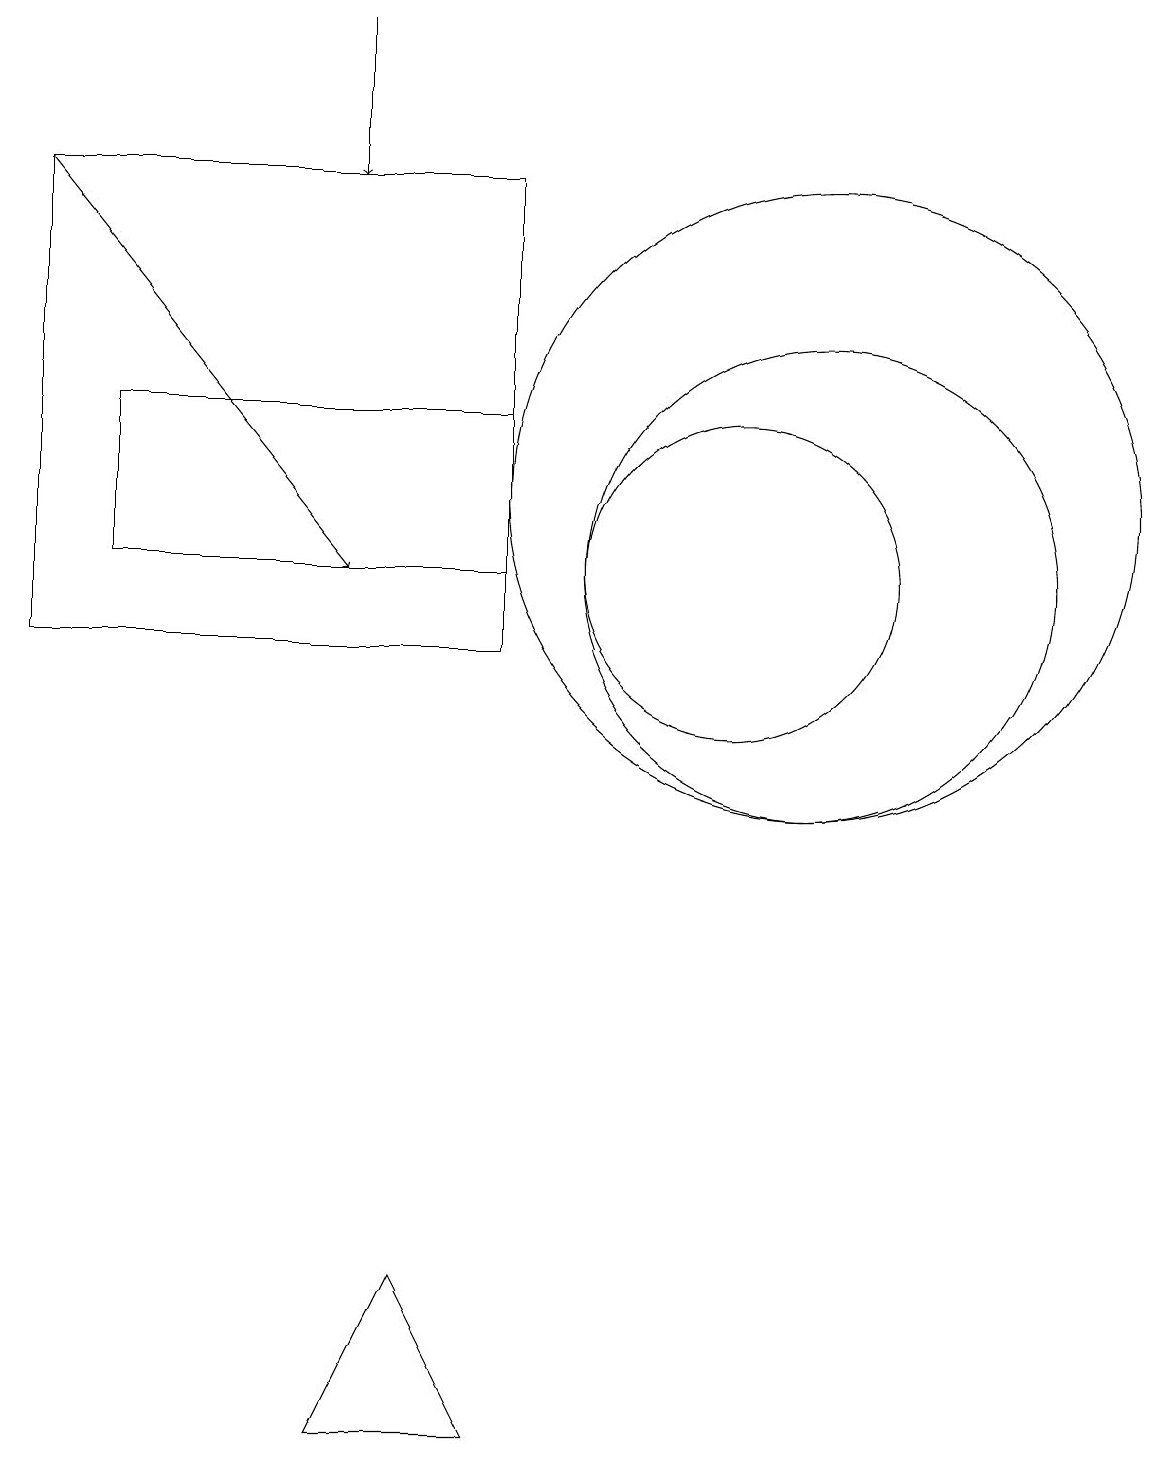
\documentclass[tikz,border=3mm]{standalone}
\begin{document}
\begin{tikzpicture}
\draw (11,12) circle (4);
\draw (10,11) circle (2);
\draw (7,16) rectangle (1,10);
\draw (7,11) rectangle (2,13);
\draw[->] (5,18) -- (5,16);
\draw (5,0) -- (6,2) -- (7,0) -- cycle;
\draw[->] (1,16) -- (5,11);
\draw (11,11) circle (3);
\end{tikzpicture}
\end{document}